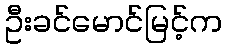
ဦးခင်မောင်မြင့်က